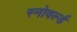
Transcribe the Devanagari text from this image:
स्नोवर्ल्ड